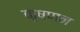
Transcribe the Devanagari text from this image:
कृषणन